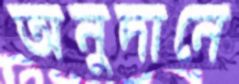
অনুদানে